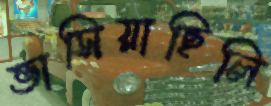
ভাসিয়াছিলি